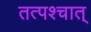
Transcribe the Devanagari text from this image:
तत्पश्‍चात्